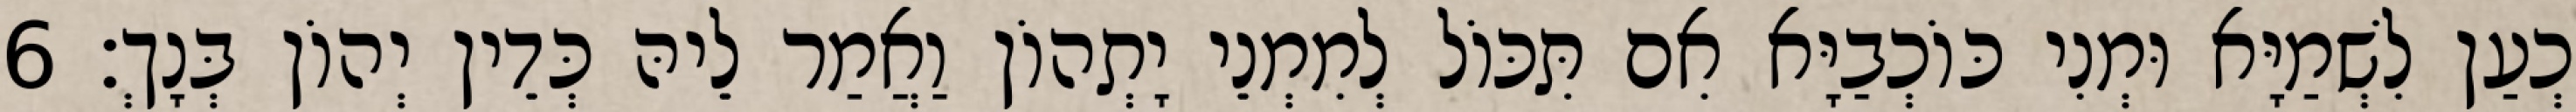
כְעַן לִשְׁמַיָּא וּמְנִי כּוֹכְבַיָּא אִם תִּכּוֹל לְמִמְנֵי יָתְהוֹן וַאֲמַר לֵיהּ כְּדֵין יְהוֹן בְּנָךְ׃ 6